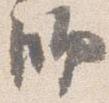
師